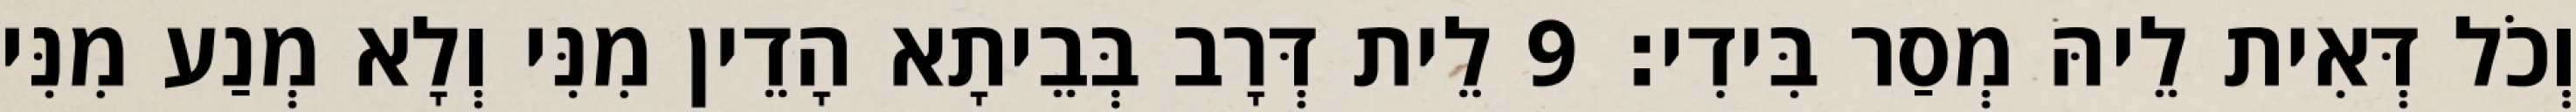
וְכֹל דְּאִית לֵיהּ מְסַר בִּידִי׃ 9 לֵית דְּרָב בְּבֵיתָא הָדֵין מִנִּי וְלָא מְנַע מִנִּי